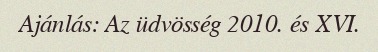
Ajánlás: Az üdvösség 2010. és XVI.